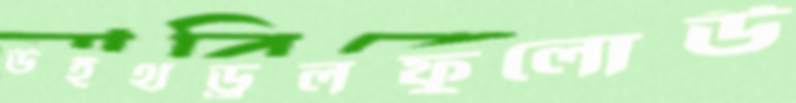
উইথড্রলফুলোউ